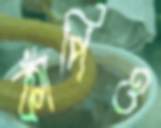
কাঁপিও